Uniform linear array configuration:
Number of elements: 12
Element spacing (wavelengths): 0.5
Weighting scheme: hann
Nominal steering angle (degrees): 30
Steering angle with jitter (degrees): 29.647
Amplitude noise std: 0.05
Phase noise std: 0.05

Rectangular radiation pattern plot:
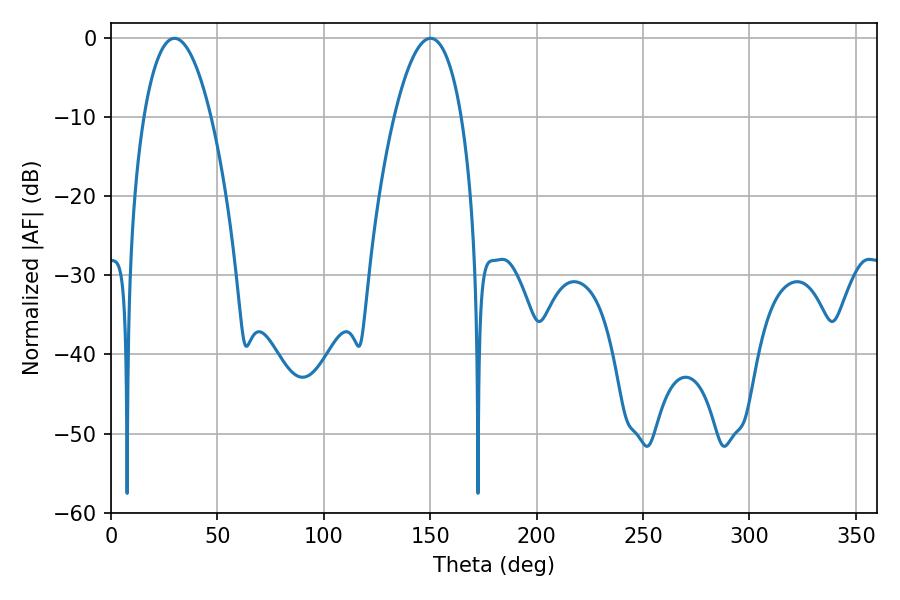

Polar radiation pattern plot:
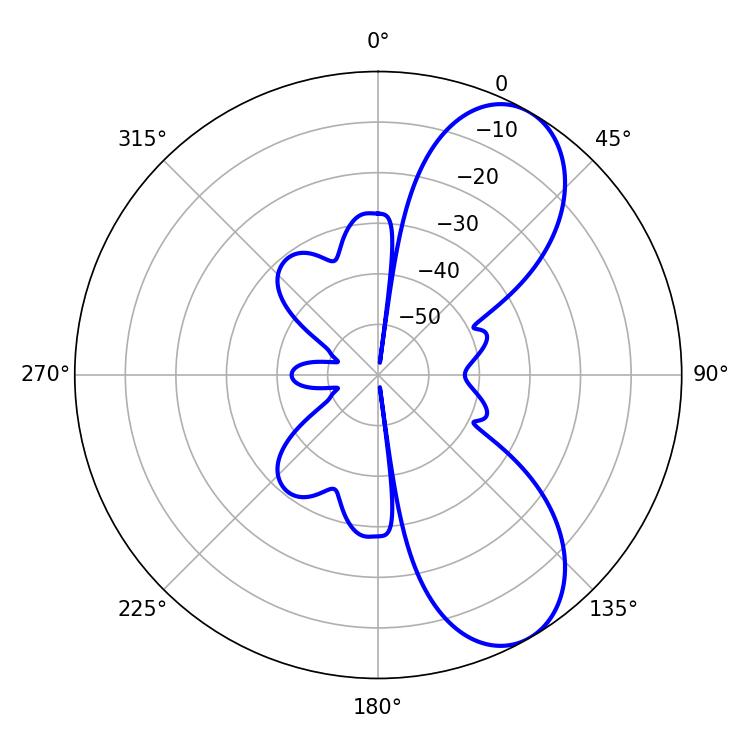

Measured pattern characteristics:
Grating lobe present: FALSE
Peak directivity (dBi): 7.833
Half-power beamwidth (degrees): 17.64
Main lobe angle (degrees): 29.88